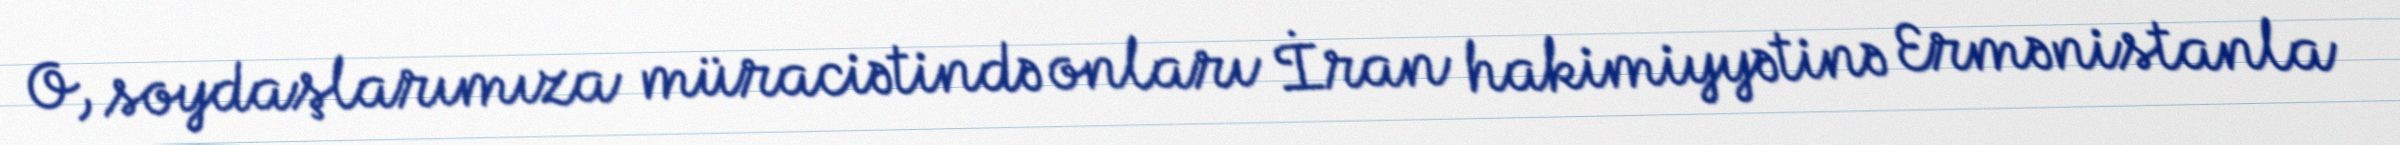
O, soydaşlarımıza müraciətində onları İran hakimiyyətinə Ermənistanla